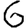
Digit: 6